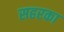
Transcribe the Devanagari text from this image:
सहरका